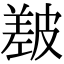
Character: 㿷